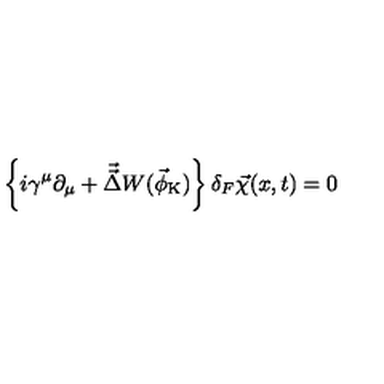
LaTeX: \left\{ i \gamma ^ { \mu } \partial _ { \mu } + \vec { \vec { \Delta } } W ( \vec { \phi } _ { \mathrm { K } } ) \right\} \delta _ { F } \vec { \chi } ( x , t ) = 0